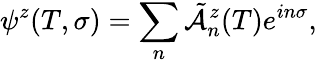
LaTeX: \psi^{z}(T,\sigma)=\sum_{n}\tilde{\cal A}\vphantom{\cal A}_{n}^{z}(T)e^{in\sigma},